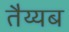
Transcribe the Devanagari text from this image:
तैय्यब